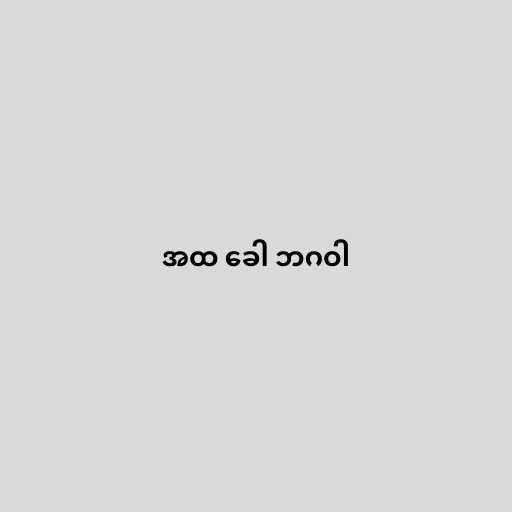
အထ ခေါ ဘဂဝါ